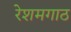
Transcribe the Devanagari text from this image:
रेशमगाठ